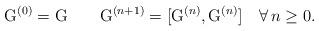
LaTeX: \begin{align*}\mathrm{G}^{(0)}=\mathrm{G}\qquad\mathrm{G}^{(n+1)}=[\mathrm{G}^{(n)},\mathrm{G}^{(n)}] \quad\forall\,n\geq 0.\end{align*}